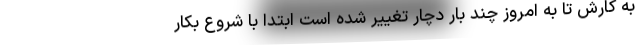
به کارش تا به امروز چند بار دچار تغییر شده است ابتدا با شروع بکار